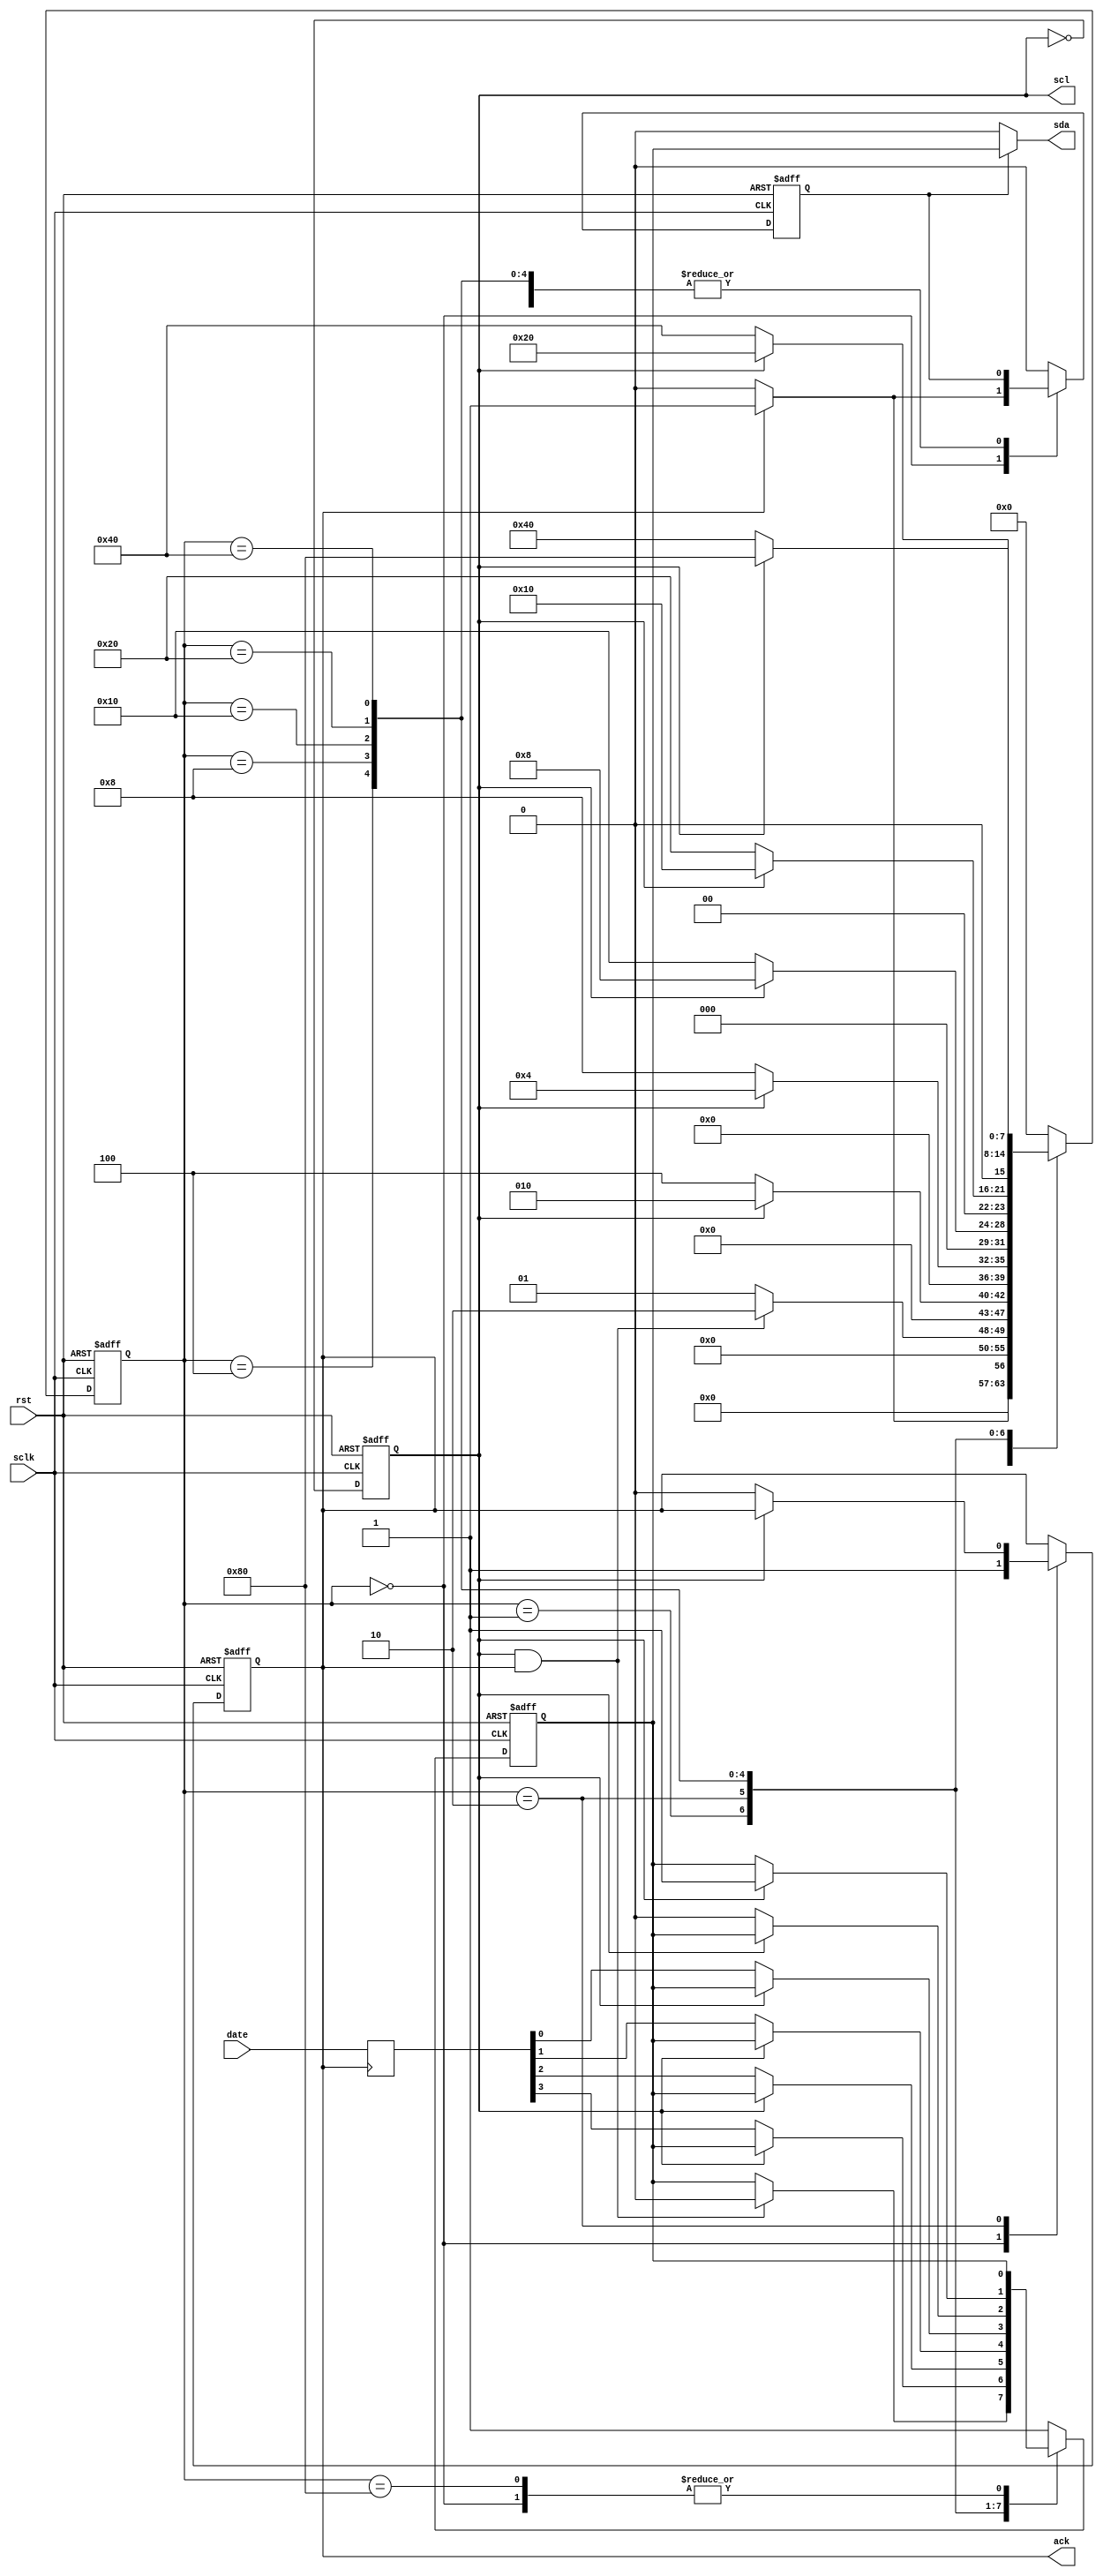
`timescale 1ns / 1ps
//////////////////////////////////////////////////////////////////////////////////
// Company: 
// Engineer: 
// 
// Design Name: 
// Module Name:    m1 
// Project Name: 
// Target Devices: 
// Tool versions: 
// Description: 
//
// Dependencies: 
//
// Revision: 
// Revision 0.01 - File Created
// Additional Comments: 
//
//////////////////////////////////////////////////////////////////////////////////
module m1(rst,date,sclk,ack,scl,sda);
	input sclk,rst;
	input [3:0] date;
	output ack,scl,sda;
	reg scl,sdabuf,ack,link_sda;
	reg[3:0] datebuf;
	reg[7:0] state;
	
	assign sda = link_sda?sdabuf:1'b0;  //
	
	parameter
		ready = 8'b0000_0000,  //ready
		start = 8'b0000_0001,  //start
		 bit1 = 8'b0000_0010,  
		 bit2 = 8'b0000_0100,
		 bit3 = 8'b0000_1000,
		 bit4 = 8'b0001_0000,
		 bit5 = 8'b0010_0000,
		 stop = 8'b0100_0000,
		 idle = 8'b1000_0000;
		 
	always @ (posedge sclk or negedge rst)
		begin
			if(!rst)
				scl <= 1;
			else
				scl <= ~scl;  //
		end
		
	always @ (posedge ack)
		datebuf <= date;
		
	always @ (negedge sclk or negedge rst)
		if(!rst)
			begin
				state <= ready;
				link_sda <= 0;  //
				ack <= 0;
				sdabuf <= 1;  //sdabuf1sdascl=1sda
			end
		else
			begin
				case (state)
					ready:
						if(ack)
							begin
								link_sda <= 1;  //
								state <= start;
							end
						else
							begin
								link_sda <= 0;  //
								state <= ready;
								ack <= 1;
							end
							
					start:
						if(scl && ack)  //ackack1.
							begin
								sdabuf <= 0;  //scl=1sdam2m2always@negedge sda   if(scl),
								
								state <= bit1;
							end
						else
								state <= start;
								
					bit1:
						if(!scl)
							begin
								sdabuf <= datebuf[3];
								state <= bit2;
								ack <= 0;         //
							end
						else
							state <= bit1;
						
					bit2:
						if(!scl)
							begin
								sdabuf <= datebuf[2];
								state <= bit3;
							end
						else
							state <= bit2;
							
					bit3:
						if(!scl)
							begin
								sdabuf <= datebuf[1];
								state <= bit4;
							end
						else
							state <= bit3;
							
					bit4:
						if(!scl)
							begin
								sdabuf <= datebuf[0];
								state <= bit5;
							end
						else
							state <= bit4;
						
					bit5:
						if(!scl)
							begin
								sdabuf <= 0;
								state <= stop;
							end
						else
							state <= bit5;
							
					stop:
						if(scl)
							begin
								sdabuf <= 1;
								state <= idle;
							end
						else
							state <= stop;
							
					idle:
						begin
							link_sda <= 0;
							state <= ready;
						end
					default: 
						begin
							state <= ready;
							sdabuf <= 1;
							link_sda <= 0;
						end
				endcase
			end
endmodule